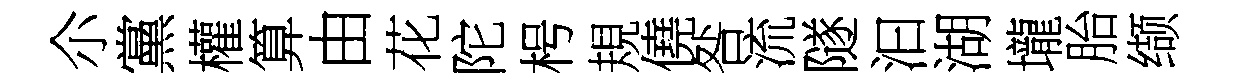
尒黨權算由花陀枵規僥咎流隧汩湖壠胎缬